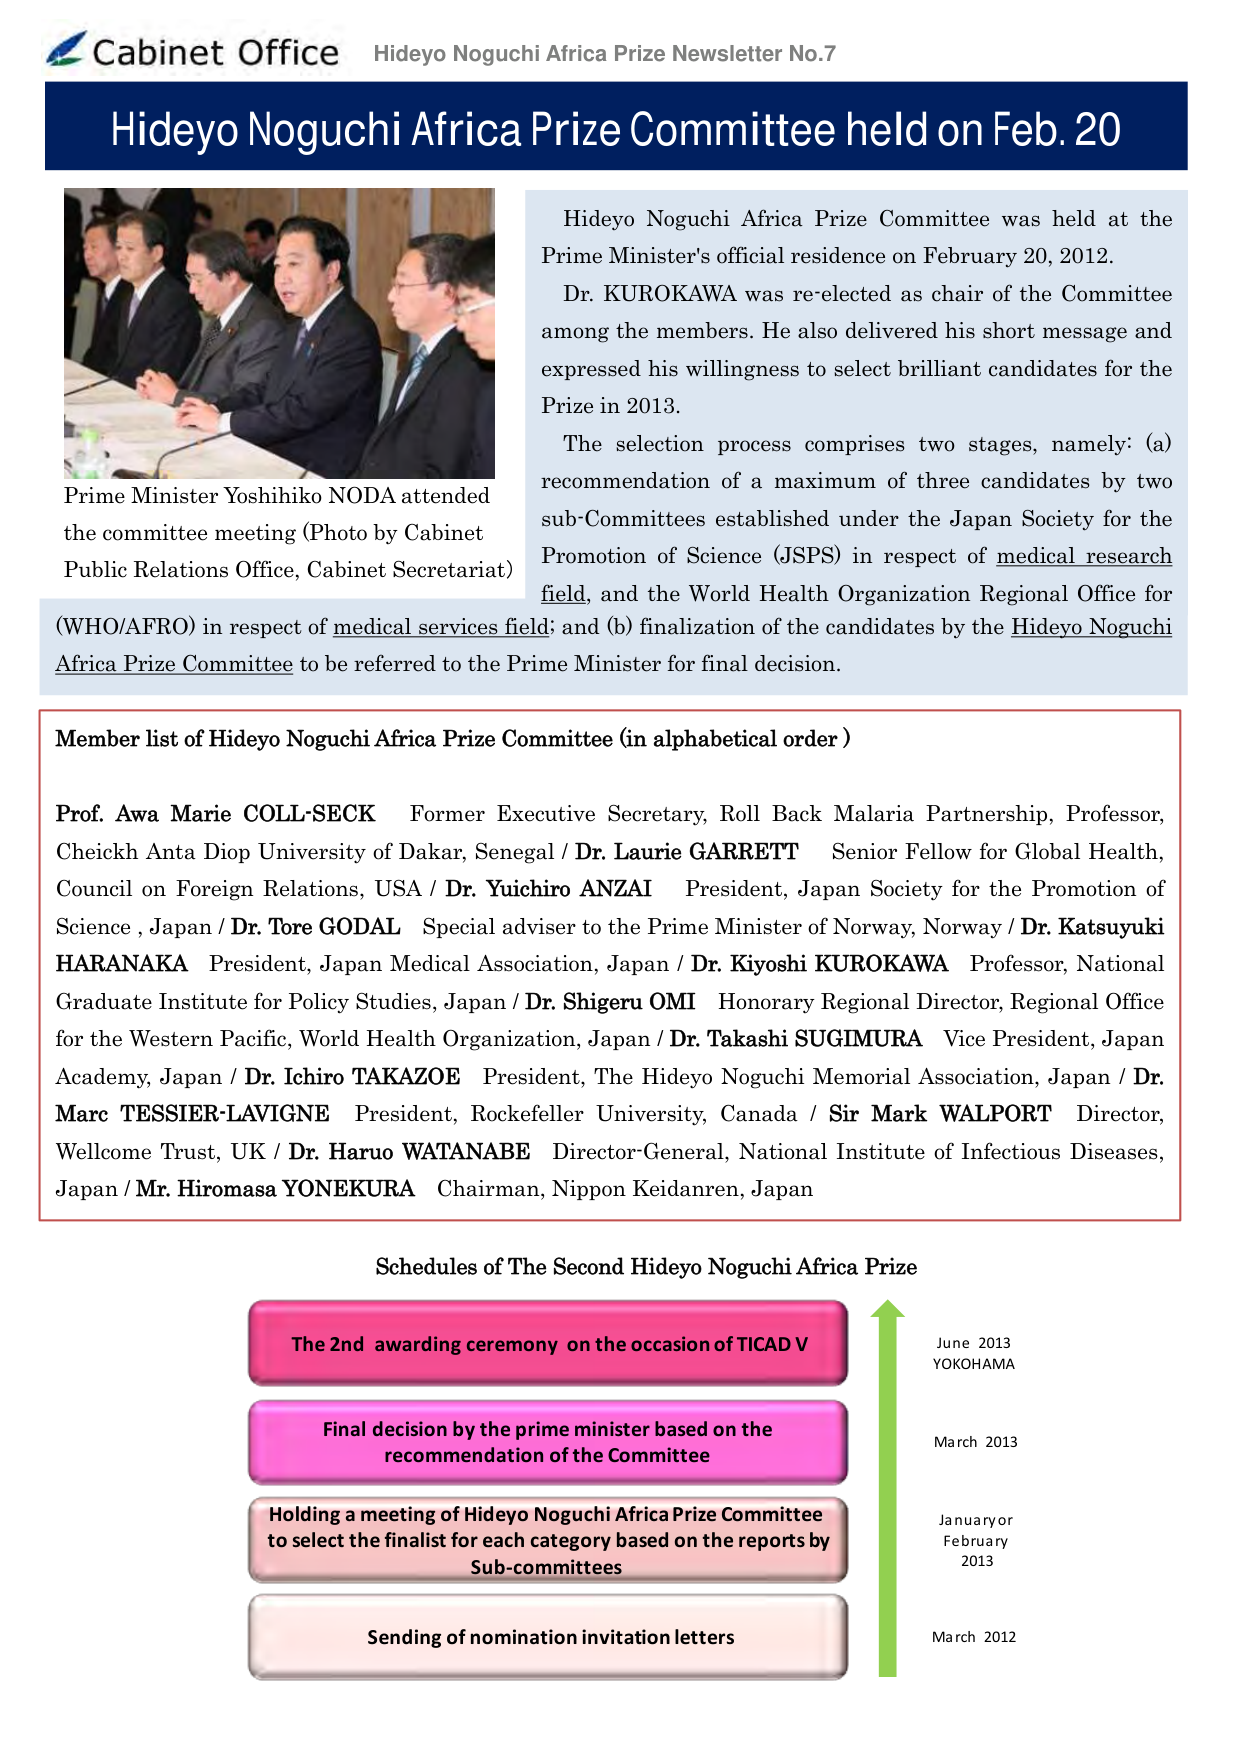
Cabinet Office Hideyo Noguchi Africa Prize Newsletter No.7
Hideyo Noguchi Africa Prize Committee held on Feb. 20
Hideyo Noguchi Africa Prize Committee was held at the Prime Minister's official residence on February 20, 2012. Dr. KUROKAWA was re-elected as chair of the Committee among the members. He also delivered his short message and expressed his willingness to select brilliant candidates for the Prize in 2013.
The selection process comprises two stages, namely: (a) recommendation of a maximum of three candidates by two sub-Committees established under the Japan Society for the Promotion of Science (JSPS) in respect of medical research field, and the World Health Organization Regional Office for (WHO/AFRO) in respect of medical services field; and (b) finalization of the candidates by the Hideyo Noguchi Africa Prize Committee to be referred to the Prime Minister for final decision.
Prime Minister Yoshihiko NODA attended the committee meeting (Photo by Cabinet Public Relations Office, Cabinet Secretariat)
Member list of Hideyo Noguchi Africa Prize Committee (in alphabetical order)
Prof. Awa Marie COLL-SECK Former Executive Secretary, Roll Back Malaria Partnership, Professor, Cheickh Anta Diop University of Dakar, Senegal / Dr. Laurie GARRETT Senior Fellow for Global Health, Council on Foreign Relations, USA / Dr. Yuichiro ANZAI President, Japan Society for the Promotion of Science, Japan / Dr. Tore GODAL Special adviser to the Prime Minister of Norway, Norway / Dr. Katsuyuki HARANAKA President, Japan Medical Association, Japan / Dr. Kiyoshi KUROKAWA Professor, National Graduate Institute for Policy Studies, Japan / Dr. Shigeru OMI Honorary Regional Director, Regional Office for the Western Pacific, World Health Organization, Japan / Dr. Takashi SUGIMURA Vice President, Japan Academy, Japan / Dr. Ichiro TAKAZOE President, The Hideyo Noguchi Memorial Association, Japan / Dr. Marc TESSIER-LAVIGNE President, Rockefeller University, Canada / Sir Mark WALPORT Director, Wellcome Trust, UK / Dr. Haruo WATANABE Director-General, National Institute of Infectious Diseases, Japan / Mr. Hiromasa YONEKURA Chairman, Nippon Keidanren, Japan
Schedules of The Second Hideyo Noguchi Africa Prize
The 2nd awarding ceremony on the occasion of TICAD V
Final decision by the prime minister based on the recommendation of the Committee
Holding a meeting of Hideyo Noguchi Africa Prize Committee to select the finalist for each category based on the reports by Sub-committees
Sending of nomination invitation letters
June 2013
YOKOHAMA
March 2013
January or February 2013
March 2012